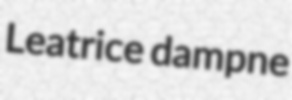
Leatrice dampne